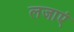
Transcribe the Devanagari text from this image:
लजाएं